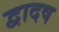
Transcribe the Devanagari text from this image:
द्वादष